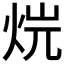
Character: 𤈡